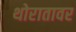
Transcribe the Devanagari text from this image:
थोरातावर